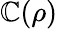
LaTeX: \mathbb{C}(\rho)